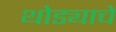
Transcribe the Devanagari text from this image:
थोड्याचे